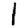
Digit: 1